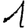
Digit: 1